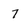
Character: 7